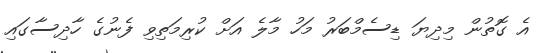
އެ ގޮތުން މިދިޔަ ޑިސެމްބަރު މަހު މާލެ އަށް ކުރިމަތިވި ފެނުގެ ހާދިސާގައި